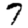
Digit: 7